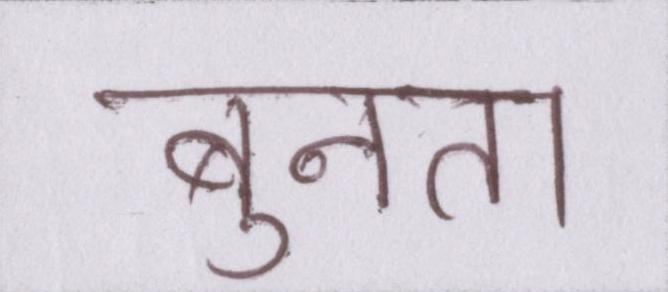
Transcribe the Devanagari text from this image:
बुनता